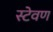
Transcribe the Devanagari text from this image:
स्टेवण